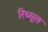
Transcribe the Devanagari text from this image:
रिच्यूल